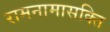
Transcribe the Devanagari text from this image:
रामनामासक्ति